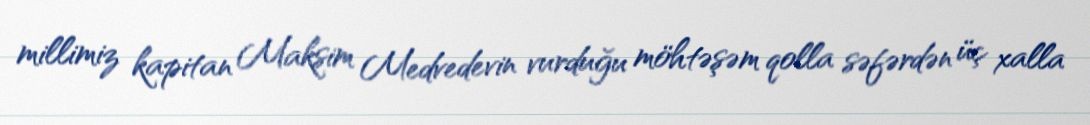
millimiz kapitan Maksim Medvedevin vurduğu möhtəşəm qolla səfərdən üç xalla